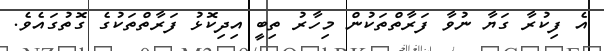
އެ ފިކުރާ ގަޔާ ނުވާ ފަރާތްތަކުން މިހާރު ތިބީ އިދިކޮޅު ފަރާތްތަކުގެ ގޮތުގައެވެ.